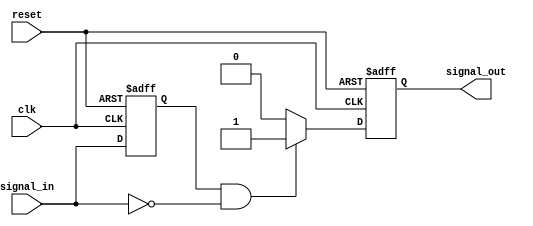
module negative_edge_detector (
    input wire clk,          // Clock signal
    input wire reset,        // Asynchronous reset signal
    input wire signal_in,    // Input signal to be monitored
    output reg signal_out    // Output pulse indicating a negative edge
);

    reg prev_signal;         // Register to store the previous state of signal_in

    // Asynchronous reset and edge detection logic
    always @(posedge clk or posedge reset) begin
        if (reset) begin
            prev_signal <= 1'b1; // Initialize to high (1)
            signal_out <= 1'b0;   // Initialize output to low (0)
        end else begin
            // Edge detection logic
            if (prev_signal == 1'b1 && signal_in == 1'b0) begin
                signal_out <= 1'b1; // Negative edge detected
            end else begin
                signal_out <= 1'b0; // No edge detected
            end
            
            // Update previous signal state
            prev_signal <= signal_in;
        end
    end

endmodule